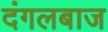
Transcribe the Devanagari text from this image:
दंगलबाज